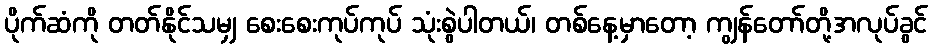
ပိုက်ဆံကို တတ်နိုင်သမျှ စေးစေးကုပ်ကုပ် သုံးစွဲပါတယ်၊ တစ်နေ့မှာတော့ ကျွန်တော်တို့အလုပ်ခွင်